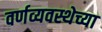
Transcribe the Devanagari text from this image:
वर्णव्यवस्थेच्या